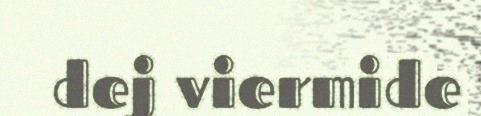
dej viermide